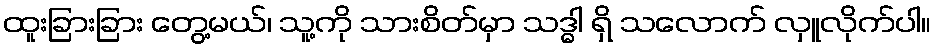
ထူးခြားခြား တွေ့မယ်၊ သူ့ကို သားစိတ်မှာ သဒ္ဓါ ရှိ သလောက် လှူလိုက်ပါ။